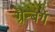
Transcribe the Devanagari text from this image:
ग्रैन्बर्ग